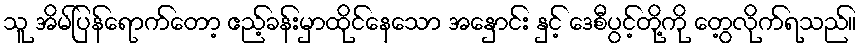
သူ အိမ်ပြန်ရောက်တော့ ဧည့်ခန်းမှာထိုင်နေသော အနှောင်း နှင့် ဒေစီပွင့်တို့ကို တွေ့လိုက်ရသည်။